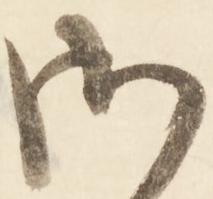
御